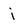
Character: i